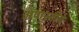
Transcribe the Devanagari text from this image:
अपास्तीय